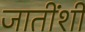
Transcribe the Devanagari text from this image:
जातींशीं